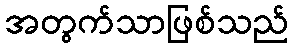
အတွက်သာဖြစ်သည်